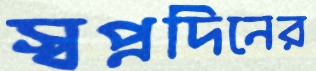
স্বপ্নদিনের